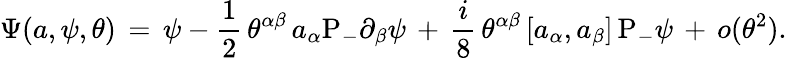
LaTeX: \Psi(a,\psi,\theta)\, =\, \psi-\frac{1}{2}\, \theta^{\alpha\beta}\, a_{\alpha}\mathrm{P}_{-}\partial_{\beta}\psi\, +\, \frac{i}{8}\, \theta^{\alpha\beta}\, [a_{\alpha},a_{\beta}]\, \mathrm{P}_{-}\psi\, +\, o(\theta^{2}).